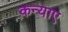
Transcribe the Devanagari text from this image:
कन्याए